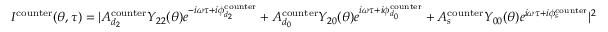
I ^ { \mathrm { { c o u n t e r } } } ( \theta , \tau ) = | A _ { d _ { 2 } } ^ { \mathrm { c o u n t e r } } Y _ { 2 2 } ( \theta ) e ^ { - i \omega \tau + i \phi _ { d _ { 2 } } ^ { \mathrm { { c o u n t e r } } } } + A _ { d _ { 0 } } ^ { \mathrm { c o u n t e r } } Y _ { 2 0 } ( \theta ) e ^ { i \omega \tau + i \phi _ { d _ { 0 } } ^ { \mathrm { { c o u n t e r } } } } + A _ { s } ^ { \mathrm { c o u n t e r } } Y _ { 0 0 } ( \theta ) e ^ { i \omega \tau + i \phi _ { s } ^ { \mathrm { { c o u n t e r } } } } | ^ { 2 }